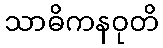
သာဓိကနဝုတိ